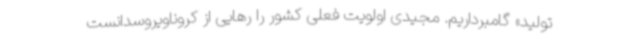
تولید» گامبرداریم. مجیدی اولویت فعلی کشور را رهایی از کروناویروسدانست